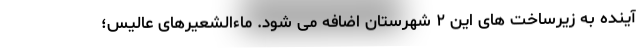
آینده به زیرساخت های این ۲ شهرستان اضافه می شود. ماء‌الشعیرهای عالیس؛